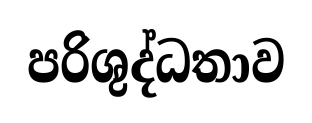
පරිශුද්ධතාව